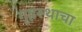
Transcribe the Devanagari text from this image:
गृहस्थाचा